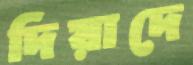
দিয়াদে